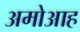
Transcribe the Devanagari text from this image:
अमोआह